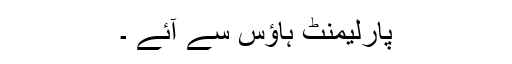
پارلیمنٹ ہاؤس سے آئے ۔